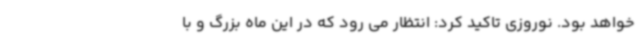
خواهد بود. نوروزی تاکید کرد: انتظار می رود که در این ماه بزرگ و با